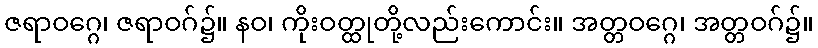
ဇရာဝဂ္ဂေ၊ ဇရာဝဂ်၌။ နဝ၊ ကိုးဝတ္ထုတို့လည်းကောင်း။ အတ္တဝဂ္ဂေ၊ အတ္တဝဂ်၌။